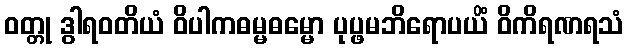
ဝတ္တု ဒွါရဝတိယံ ဝိပါကဓမ္မဓမ္မော ပုပ္ဖမဘိရောပယိံ ဝိကိရဏရသံ